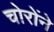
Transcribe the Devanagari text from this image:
चोरोंने